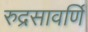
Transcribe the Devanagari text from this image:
रुद्रसावर्णि